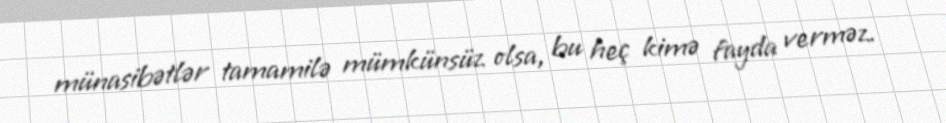
münasibətlər tamamilə mümkünsüz olsa, bu heç kimə fayda verməz.